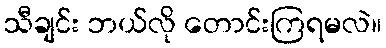
သီချင်း ဘယ်လို တောင်းကြရမလဲ။